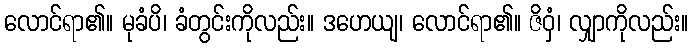
လောင်ရာ၏။ မုခံပိ၊ ခံတွင်းကိုလည်း။ ဒဟေယျ၊ လောင်ရာ၏။ ဇိဝှံ၊ လျှာကိုလည်း။